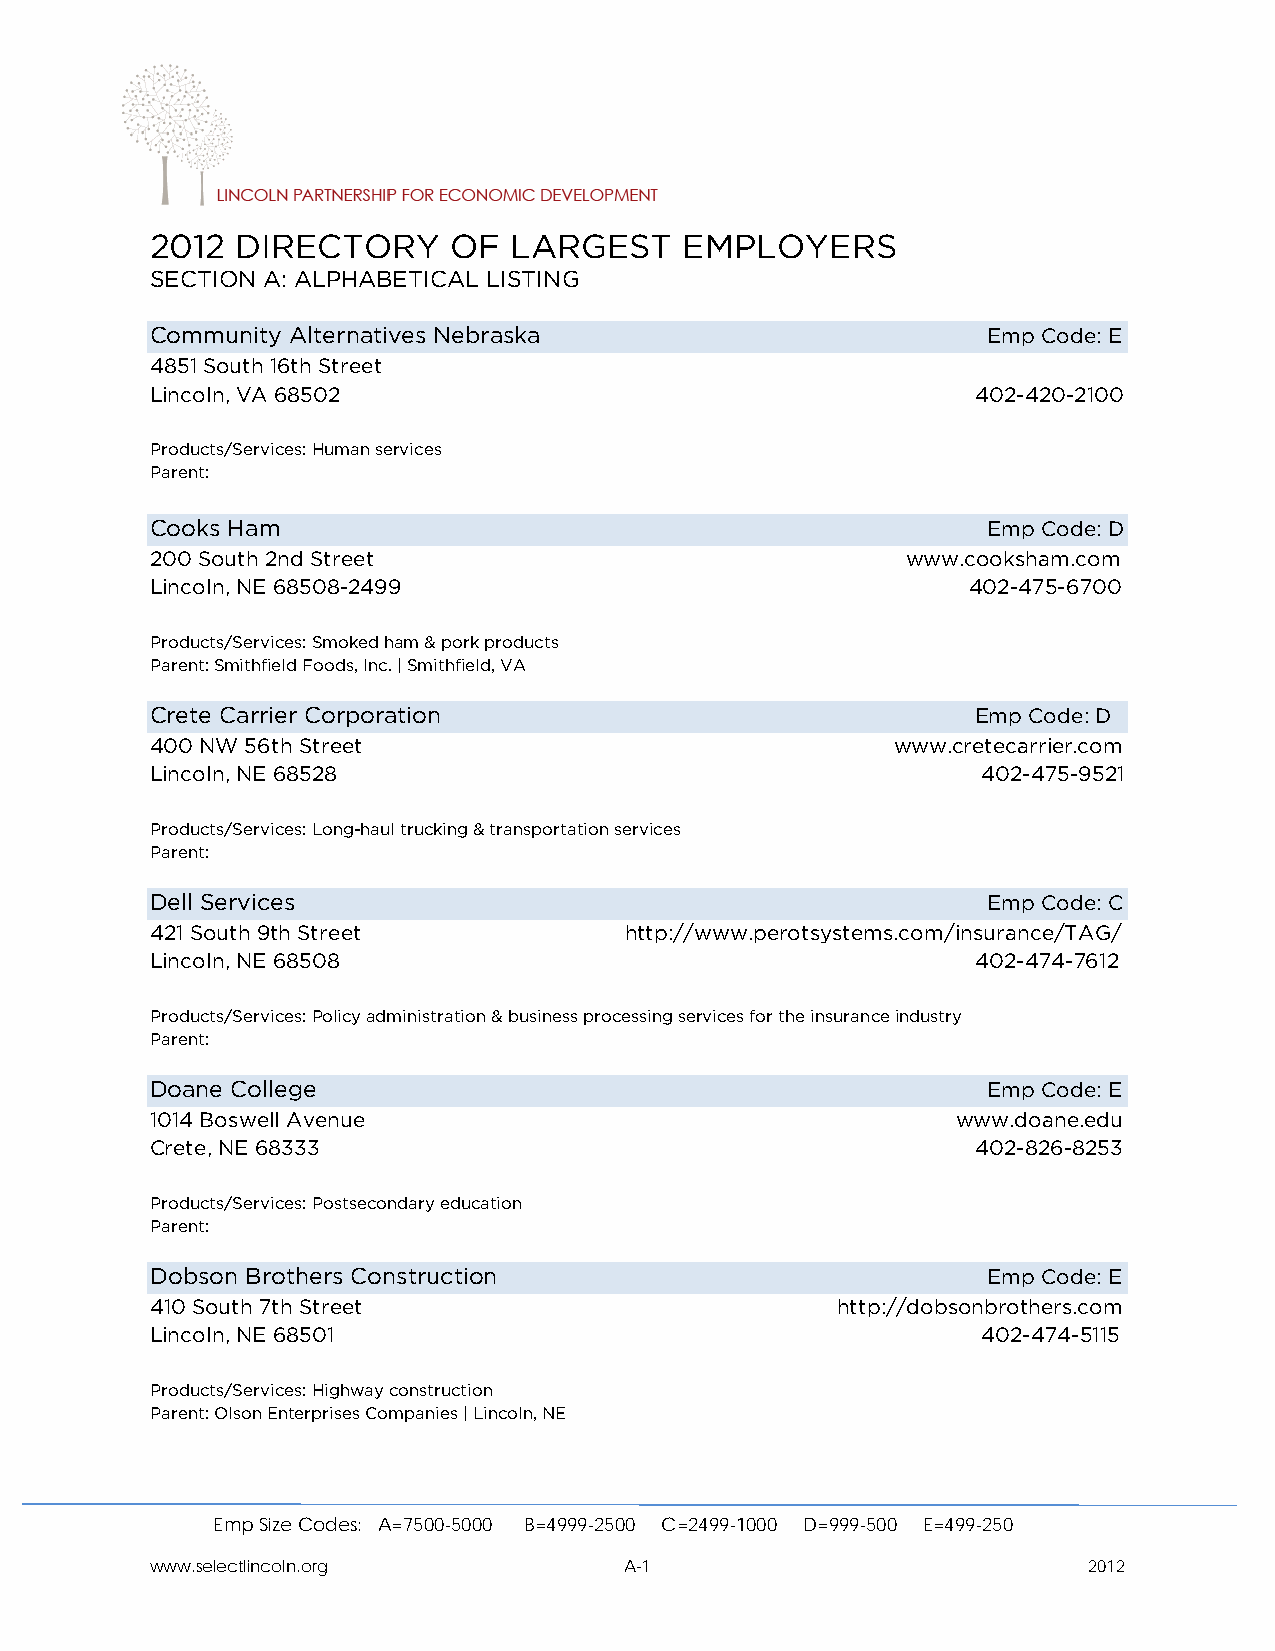
2012  DIRECTORY     OF  LARGEST    EMPLOYERS
 SECTION A: ALPHABETICAL LISTING
 Community Alternatives Nebraska                        Emp Code: E
 4851 South 16th Street
 Lincoln, VA 68502                                      402-420-2100
 Products/Services: Human services
 Parent:
 Cooks Ham                                              Emp Code: D
 200 South 2nd Street                              www.cooksham.com
 Lincoln, NE 68508-2499                                402-475-6700
 Products/Services: Smoked ham & pork products
 Parent: Smithfield Foods, Inc. | Smithfield, VA
 Crete Carrier Corporation                              Emp Code: D
 400 NW 56th Street                               www.cretecarrier.com
 Lincoln, NE 68528                                      402-475-9521
 Products/Services: Long-haul trucking & transportation services
 Parent:
 Dell Services                                          Emp Code: C
 421 South 9th Street           http://www.perotsystems.com/insurance/TAG/
 Lincoln, NE 68508                                      402-474-7612
 Products/Services: Policy administration & business processing services for the insurance industry
 Parent:
 Doane College                                          Emp Code: E
 1014 Boswell Avenue                                  www.doane.edu
 Crete, NE 68333                                        402-826-8253
 Products/Services: Postsecondary education
 Parent:
 Dobson Brothers Construction                           Emp Code: E
 410 South 7th Street                         http://dobsonbrothers.com
 Lincoln, NE 68501                                      402-474-5115
 Products/Services: Highway construction
 Parent: Olson Enterprises Companies | Lincoln, NE
 Emp Size Codes: A=7500-5000 B=4999-2500 C=2499-1000 D=999-500 E=499-250
 www.selectlincoln.org          A-1                            2012